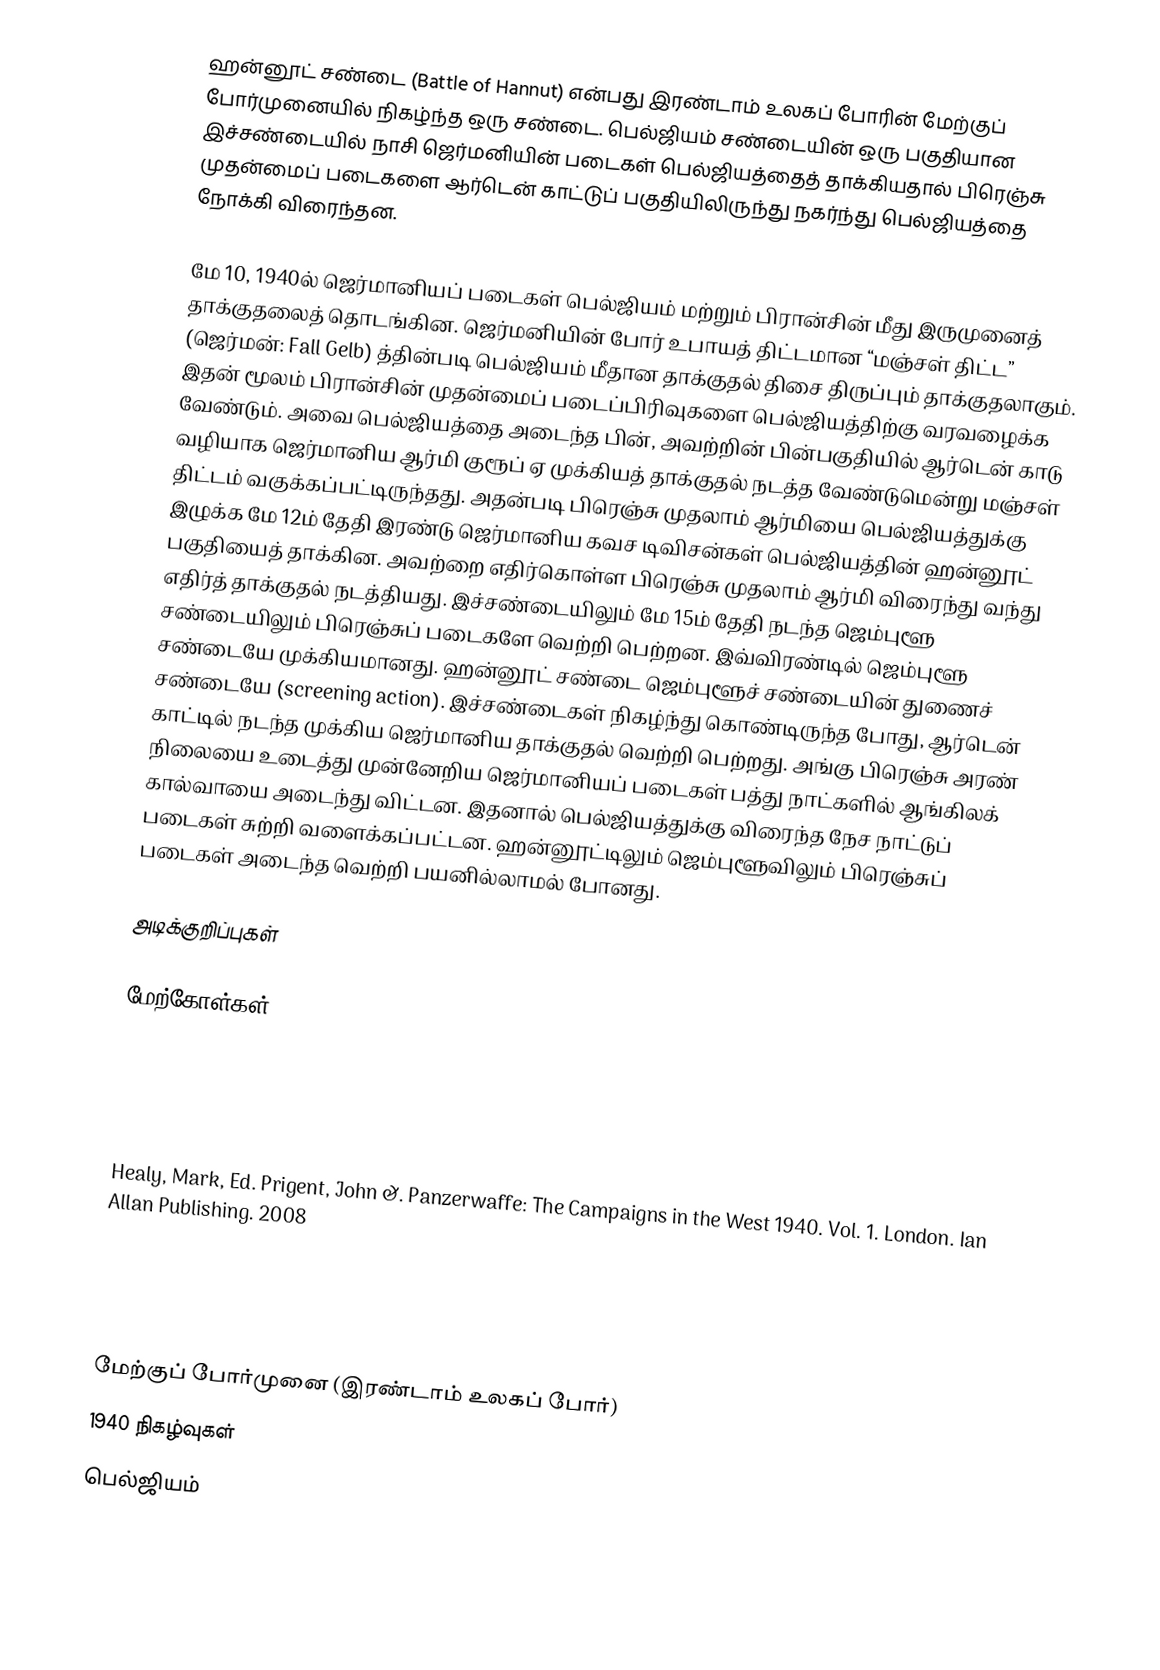
ஹன்னூட் சண்டை (Battle of Hannut) என்பது இரண்டாம் உலகப் போரின் மேற்குப் போர்முனையில் நிகழ்ந்த ஒரு சண்டை. பெல்ஜியம் சண்டையின் ஒரு பகுதியான இச்சண்டையில் நாசி ஜெர்மனியின் படைகள் பெல்ஜியத்தைத் தாக்கியதால் பிரெஞ்சு முதன்மைப் படைகளை ஆர்டென் காட்டுப் பகுதியிலிருந்து நகர்ந்து பெல்ஜியத்தை நோக்கி விரைந்தன.

மே 10, 1940ல் ஜெர்மானியப் படைகள் பெல்ஜியம் மற்றும் பிரான்சின் மீது இருமுனைத் தாக்குதலைத் தொடங்கின. ஜெர்மனியின் போர் உபாயத் திட்டமான “மஞ்சள் திட்ட” (ஜெர்மன்: Fall Gelb) த்தின்படி பெல்ஜியம் மீதான தாக்குதல் திசை திருப்பும் தாக்குதலாகும். இதன் மூலம் பிரான்சின் முதன்மைப் படைப்பிரிவுகளை பெல்ஜியத்திற்கு வரவழைக்க வேண்டும். அவை பெல்ஜியத்தை அடைந்த பின், அவற்றின் பின்பகுதியில் ஆர்டென் காடு வழியாக ஜெர்மானிய ஆர்மி குரூப் ஏ முக்கியத் தாக்குதல் நடத்த வேண்டுமென்று மஞ்சள் திட்டம் வகுக்கப்பட்டிருந்தது. அதன்படி பிரெஞ்சு முதலாம் ஆர்மியை பெல்ஜியத்துக்கு இழுக்க மே 12ம் தேதி இரண்டு ஜெர்மானிய கவச டிவிசன்கள் பெல்ஜியத்தின் ஹன்னூட் பகுதியைத் தாக்கின. அவற்றை எதிர்கொள்ள பிரெஞ்சு முதலாம் ஆர்மி விரைந்து வந்து எதிர்த் தாக்குதல் நடத்தியது. இச்சண்டையிலும் மே 15ம் தேதி நடந்த ஜெம்புளூ சண்டையிலும் பிரெஞ்சுப் படைகளே வெற்றி பெற்றன. இவ்விரண்டில் ஜெம்புளூ சண்டையே முக்கியமானது. ஹன்னூட் சண்டை ஜெம்புளூச் சண்டையின் துணைச் சண்டையே (screening action). இச்சண்டைகள் நிகழ்ந்து கொண்டிருந்த போது, ஆர்டென் காட்டில் நடந்த முக்கிய ஜெர்மானிய தாக்குதல் வெற்றி பெற்றது. அங்கு பிரெஞ்சு அரண் நிலையை உடைத்து முன்னேறிய ஜெர்மானியப் படைகள் பத்து நாட்களில் ஆங்கிலக் கால்வாயை அடைந்து விட்டன. இதனால் பெல்ஜியத்துக்கு விரைந்த நேச நாட்டுப் படைகள் சுற்றி வளைக்கப்பட்டன. ஹன்னூட்டிலும் ஜெம்புளூவிலும் பிரெஞ்சுப் படைகள் அடைந்த வெற்றி பயனில்லாமல் போனது.

அடிக்குறிப்புகள்

மேற்கோள்கள்

 Healy, Mark, Ed. Prigent, John &. Panzerwaffe: The Campaigns in the West 1940. Vol. 1. London. Ian Allan Publishing. 2008

 மேற்குப் போர்முனை (இரண்டாம் உலகப் போர்)
1940 நிகழ்வுகள்
பெல்ஜியம்